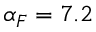
\alpha _ { F } = 7 . 2